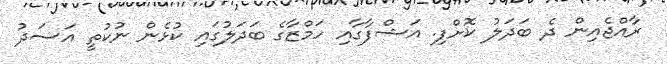
ރާއްޖެއިން ދެ ބަދަލު ކޮށްފި. އަޝްފާގާއި ހަމްޒާގެ ބަދަލުގައި ކުޅެން ނުކުތީ އަސަދު